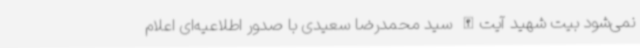
نمی‌شود بیت شهید آیت‌الله سید محمدرضا سعیدی با صدور اطلاعیه‌ای اعلام